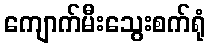
ကျောက်မီးသွေးစက်ရုံ